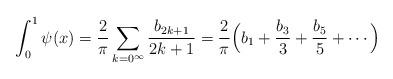
LaTeX: \begin{align*} \int_0^1\psi(x) =\frac{2}{\pi}\sum_{k=0^\infty} \frac{b_{2k+1}}{2k+1}=\frac{2}{\pi}\Bigl(b_1+\frac{b_3}{3}+\frac{b_5}{5} +\cdots \Bigr)\end{align*}